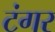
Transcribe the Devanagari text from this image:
टंगर